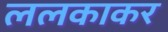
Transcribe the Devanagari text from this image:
ललकाकर